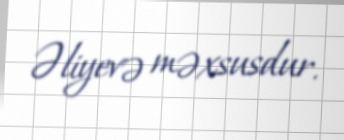
Əliyevə məxsusdur.